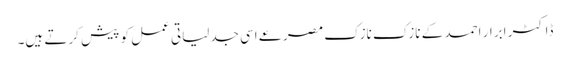
ڈاکٹر ابرار احمد کے نازک نازک مصرعے اسی جدلیاتی عمل کو پیش کرتے ہیں۔